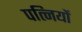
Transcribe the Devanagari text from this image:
पत्‍िनयों